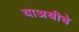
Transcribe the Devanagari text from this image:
याअधीचे